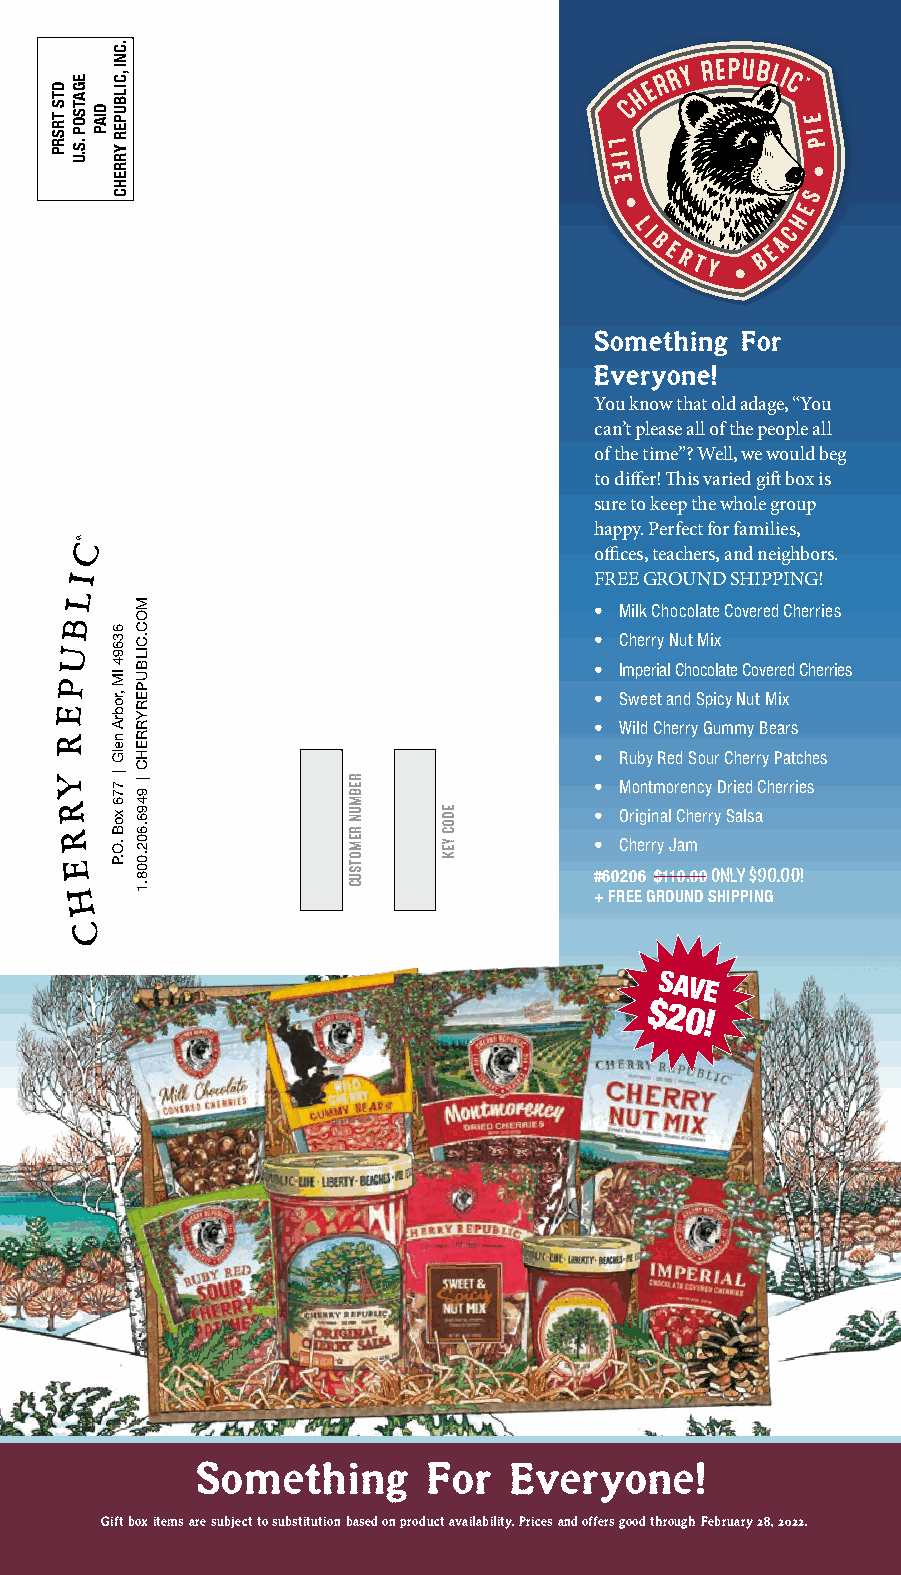
Something For
 Everyone!
 You know that old adage, “You
 can’t please all of the people all
 of the time”? Well, we would beg
 to differ! This varied gift box is
 sure to keep the whole group
 happy. Perfect for families,
 offices, teachers, and neighbors.
 FREE GROUND SHIPPING!
 • Milk Chocolate Covered Cherries
 • Cherry Nut Mix
 • Imperial Chocolate Covered Cherries
 • Sweet and Spicy Nut Mix
 • Wild Cherry Gummy Bears
 • Ruby Red Sour Cherry Patches
 • Montmorency Dried Cherries
 • Original Cherry Salsa
 • Cherry Jam
 #60206 $110.00 ONLY $90.00!
 + FREE GROUND SHIPPING
 SAVE
 $20!
 Something      For   Everyone!
 Gift box items are subject to substitution based on product availability. Prices and offers good through February 28, 2022.
 DTS
 TRSRP
 EGATSOP
 .S.U
 DIAP
 .CNI
 ,CILBUPER
 YRREHC
 63694
 IM
 ,robrA
 nelG
 | 776
 xoB
 .O.P
 MOC.CILBUPERYRREHC
 |
 9496.602.008.1
 REBMUN
 REMOTSUC
 EDOC
 YEK